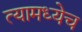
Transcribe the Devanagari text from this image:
त्यामध्येच